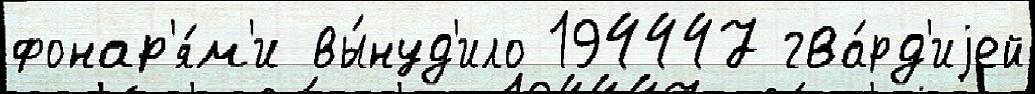
фонар'я́м'и вы́нуд'ило 194447 гва́рд'иjей